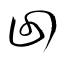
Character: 回